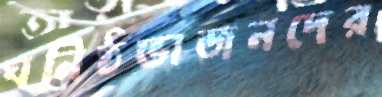
ঘনিষ্ঠভাজনদের